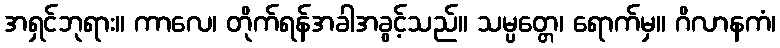
အရှင်ဘုရား။ ကာလေ၊ တိုက်ရန်အခါအခွင့်သည်။ သမ္ပတ္တေ၊ ရောက်မှ။ ဂိလာနကံ၊